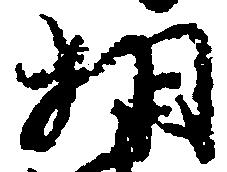
相